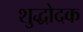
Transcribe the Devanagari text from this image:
शुद्धोदक